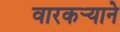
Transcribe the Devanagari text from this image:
वारकर्‍याने